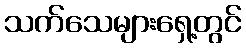
သက်သေများရှေ့တွင်